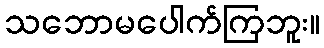
သဘောမပေါက်ကြဘူး။